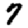
Digit: 7